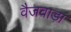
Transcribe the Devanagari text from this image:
वैजवाड़ा